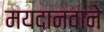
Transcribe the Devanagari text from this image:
मयदानवाने